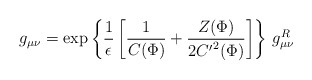
\begin{align*}g_{\mu\nu} = \exp\left\{ \frac{1}{\epsilon} \left[\frac{1}{C(\Phi)} + \frac{Z(\Phi)}{2{C'}^2 (\Phi)} \right] \right\} \,g^R_{\mu\nu}\end{align*}